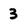
Character: 3